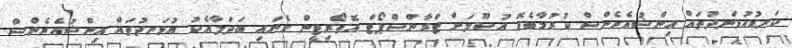
ކަނޑުއުޅަނދުތައް އިންޝުއެރެންސް ކުރުމާބެހޭ އުސޫލަށް ޓްރާންސްޕޯޓް އޮތޯރިޓީން ގެނައި ބަދަލާއެކު އުޅަނދުތައް އިންޝުއެރެންސް